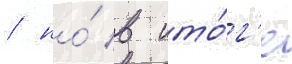
/ но́ в ито́г'е